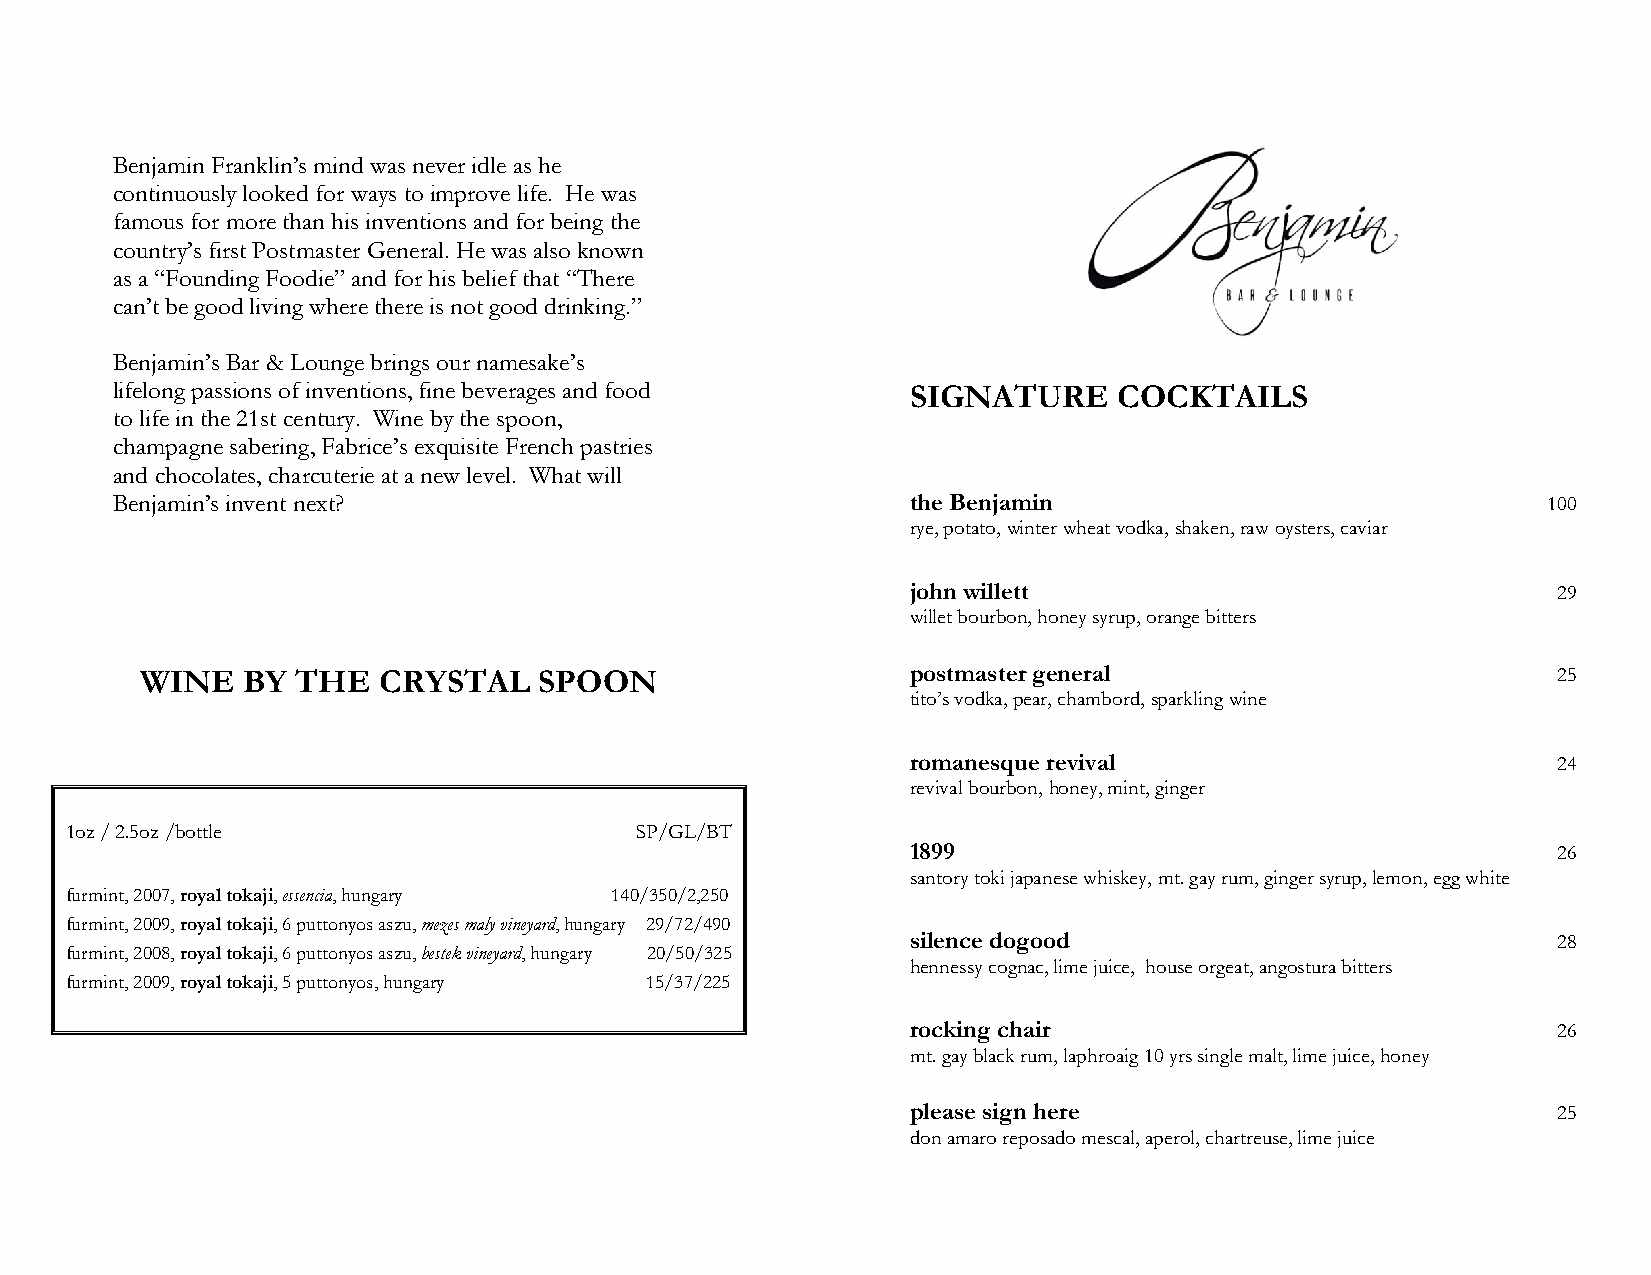
Benjamin Franklin’s mind was never idle as he
 continuously looked for ways to improve life. He was
 famous for more than his inventions and for being the
 country’s first Postmaster General. He was also known
 as a “Founding Foodie” and for his belief that “There
 can’t be good living where there is not good drinking.”
 Benjamin’s Bar & Lounge brings our namesake’s
 lifelong passions of inventions, fine beverages and food SIGNATURE COCKTAILS
 to life in the 21st century. Wine by the spoon,
 champagne sabering, Fabrice’s exquisite French pastries
 and chocolates, charcuterie at a new level. What will
 Benjamin’s invent next?                              the Benjamin                              100
 rye, potato, winter wheat vodka, shaken, raw oysters, caviar
 john willett                               29
 willet bourbon, honey syrup, orange bitters
 WINE   BY  THE  CRYSTAL    SPOON                   postmaster general                         25
 tito’s vodka, pear, chambord, sparkling wine
 romanesque revival                         24
 revival bourbon, honey, mint, ginger
 1oz / 2.5oz /bottle                   SP/GL/BT
 1899                                       26
 santory toki japanese whiskey, mt. gay rum, ginger syrup, lemon, egg white
 furmint, 2007, royal tokaji, essencia, hungary 140/350/2,250
 furmint, 2009, royal tokaji, 6 puttonyos aszu, mezes maly vineyard, hungary 29/72/490
 silence dogood                             28
 furmint, 2008, royal tokaji, 6 puttonyos aszu, bestek vineyard, hungary 20/50/325
 hennessy cognac, lime juice, house orgeat, angostura bitters
 furmint, 2009, royal tokaji, 5 puttonyos, hungary 15/37/225
 rocking chair                              26
 mt. gay black rum, laphroaig 10 yrs single malt, lime juice, honey
 please sign here                           25
 don amaro reposado mescal, aperol, chartreuse, lime juice